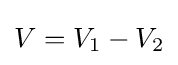
V=V_{1}-V_{2}